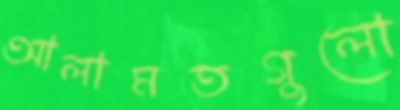
আলামতগুলো